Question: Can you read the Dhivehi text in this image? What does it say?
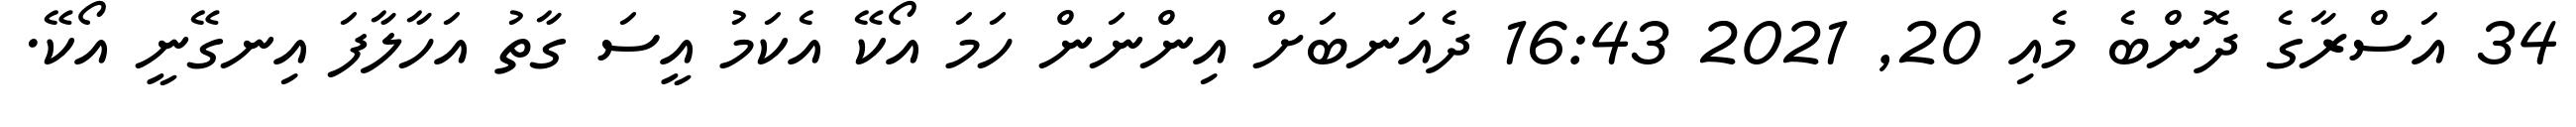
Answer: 34 އަސްރާގެ ދޮންބެ މެއި 20, 2021 16:43 ދެއަނބަށް އިންނަން ހަމަ އޯކޭ އެކަމު އީސަ ގާތު އަހާލާފަ އިނގޭނީ އޯކޭ.